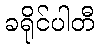
ခရိုင်ပါတီ